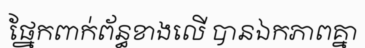
ផ្នែកពាក់ព័ន្ធខាងលើ បានឯកភាពគ្នា